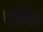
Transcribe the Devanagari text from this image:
एथ्रीदेज